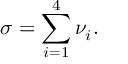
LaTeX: \sigma = \sum _ { i = 1 } ^ { 4 } \nu _ { i } .